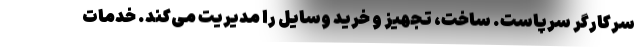
سرکارگر سرپاست. ساخت، تجهیز و خرید وسایل را مدیریت می‌کند. خدمات